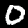
Label: 0